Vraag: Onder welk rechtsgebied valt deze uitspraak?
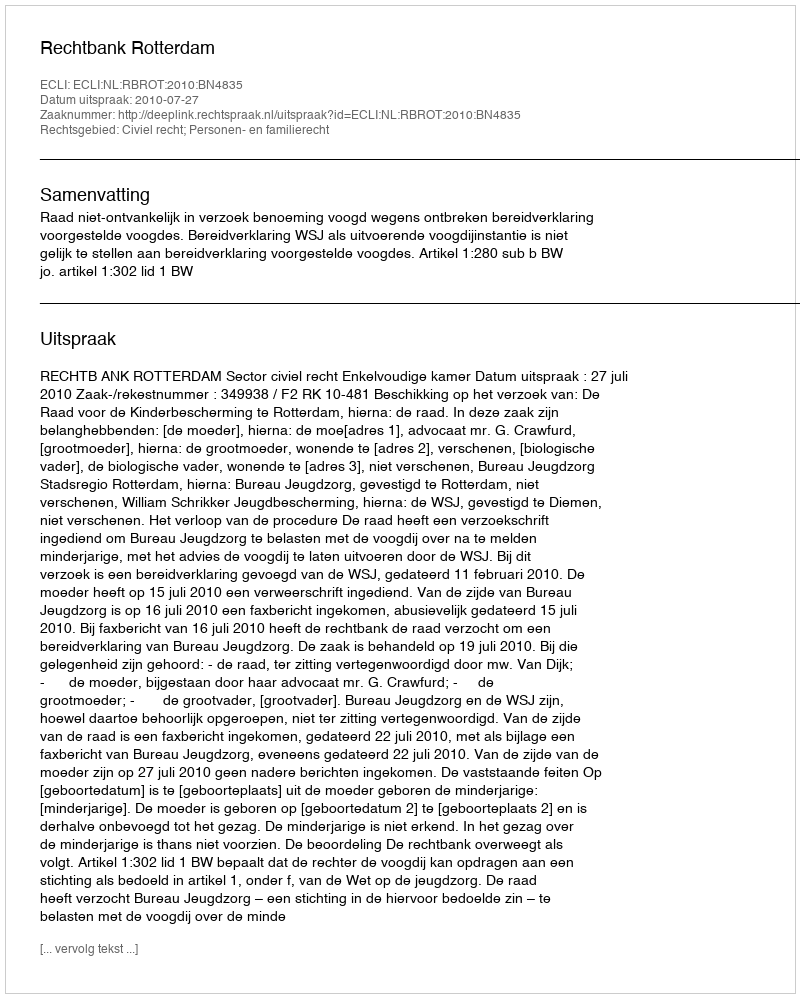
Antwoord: Civiel recht; Personen- en familierecht